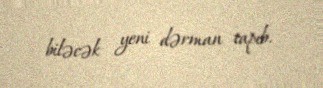
biləcək yeni dərman tapıb.